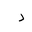
Letter: _dal